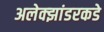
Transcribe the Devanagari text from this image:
अलेक्झांडरकडे